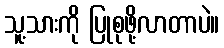
သူ့သားကို ပြုစုဖို့လာတာပဲ။